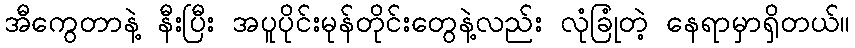
အီကွေတာနဲ့ နီးပြီး အပူပိုင်းမုန်တိုင်းတွေနဲ့လည်း လုံခြုံတဲ့ နေရာမှာရှိတယ်။